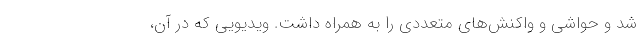
شد و حواشی و واکنش‌های متعددی را به همراه داشت. ویدیویی که در آن،